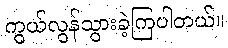
ကွယ်လွန်သွားခဲ့ကြပါတယ်။